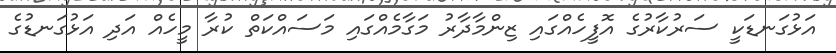
އަޅުގަނޑަކީ ސަރުކާރުގެ އޮފީހެއްގައި ޒިންމާދާރު މަގާމެއްގައި މަސައްކަތް ކުރާ މީހެއް އަދި އަޅުގަނޑުގެ